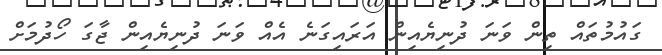
ގައުމުތައް ތިން ވަނަ ދުނިޔެއިން އަރައިގަނެ އެއް ވަނަ ދުނިޔެއިން ޖާގަ ހޯދުމަށް